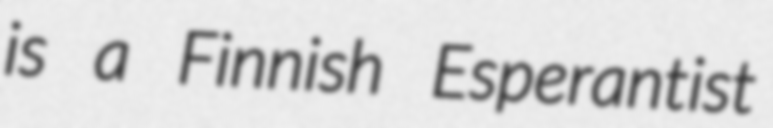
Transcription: is a Finnish Esperantist